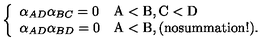
\left\{ \begin{array} { l l } { \alpha _ { A D } \alpha _ { B C } = 0 } & { \mathrm { A < B , C < D } } \\ { \alpha _ { A D } \alpha _ { B D } = 0 } & { \mathrm { A < B , ( n o s u m m a t i o n ! ) . } } \\ \end{array} \right.